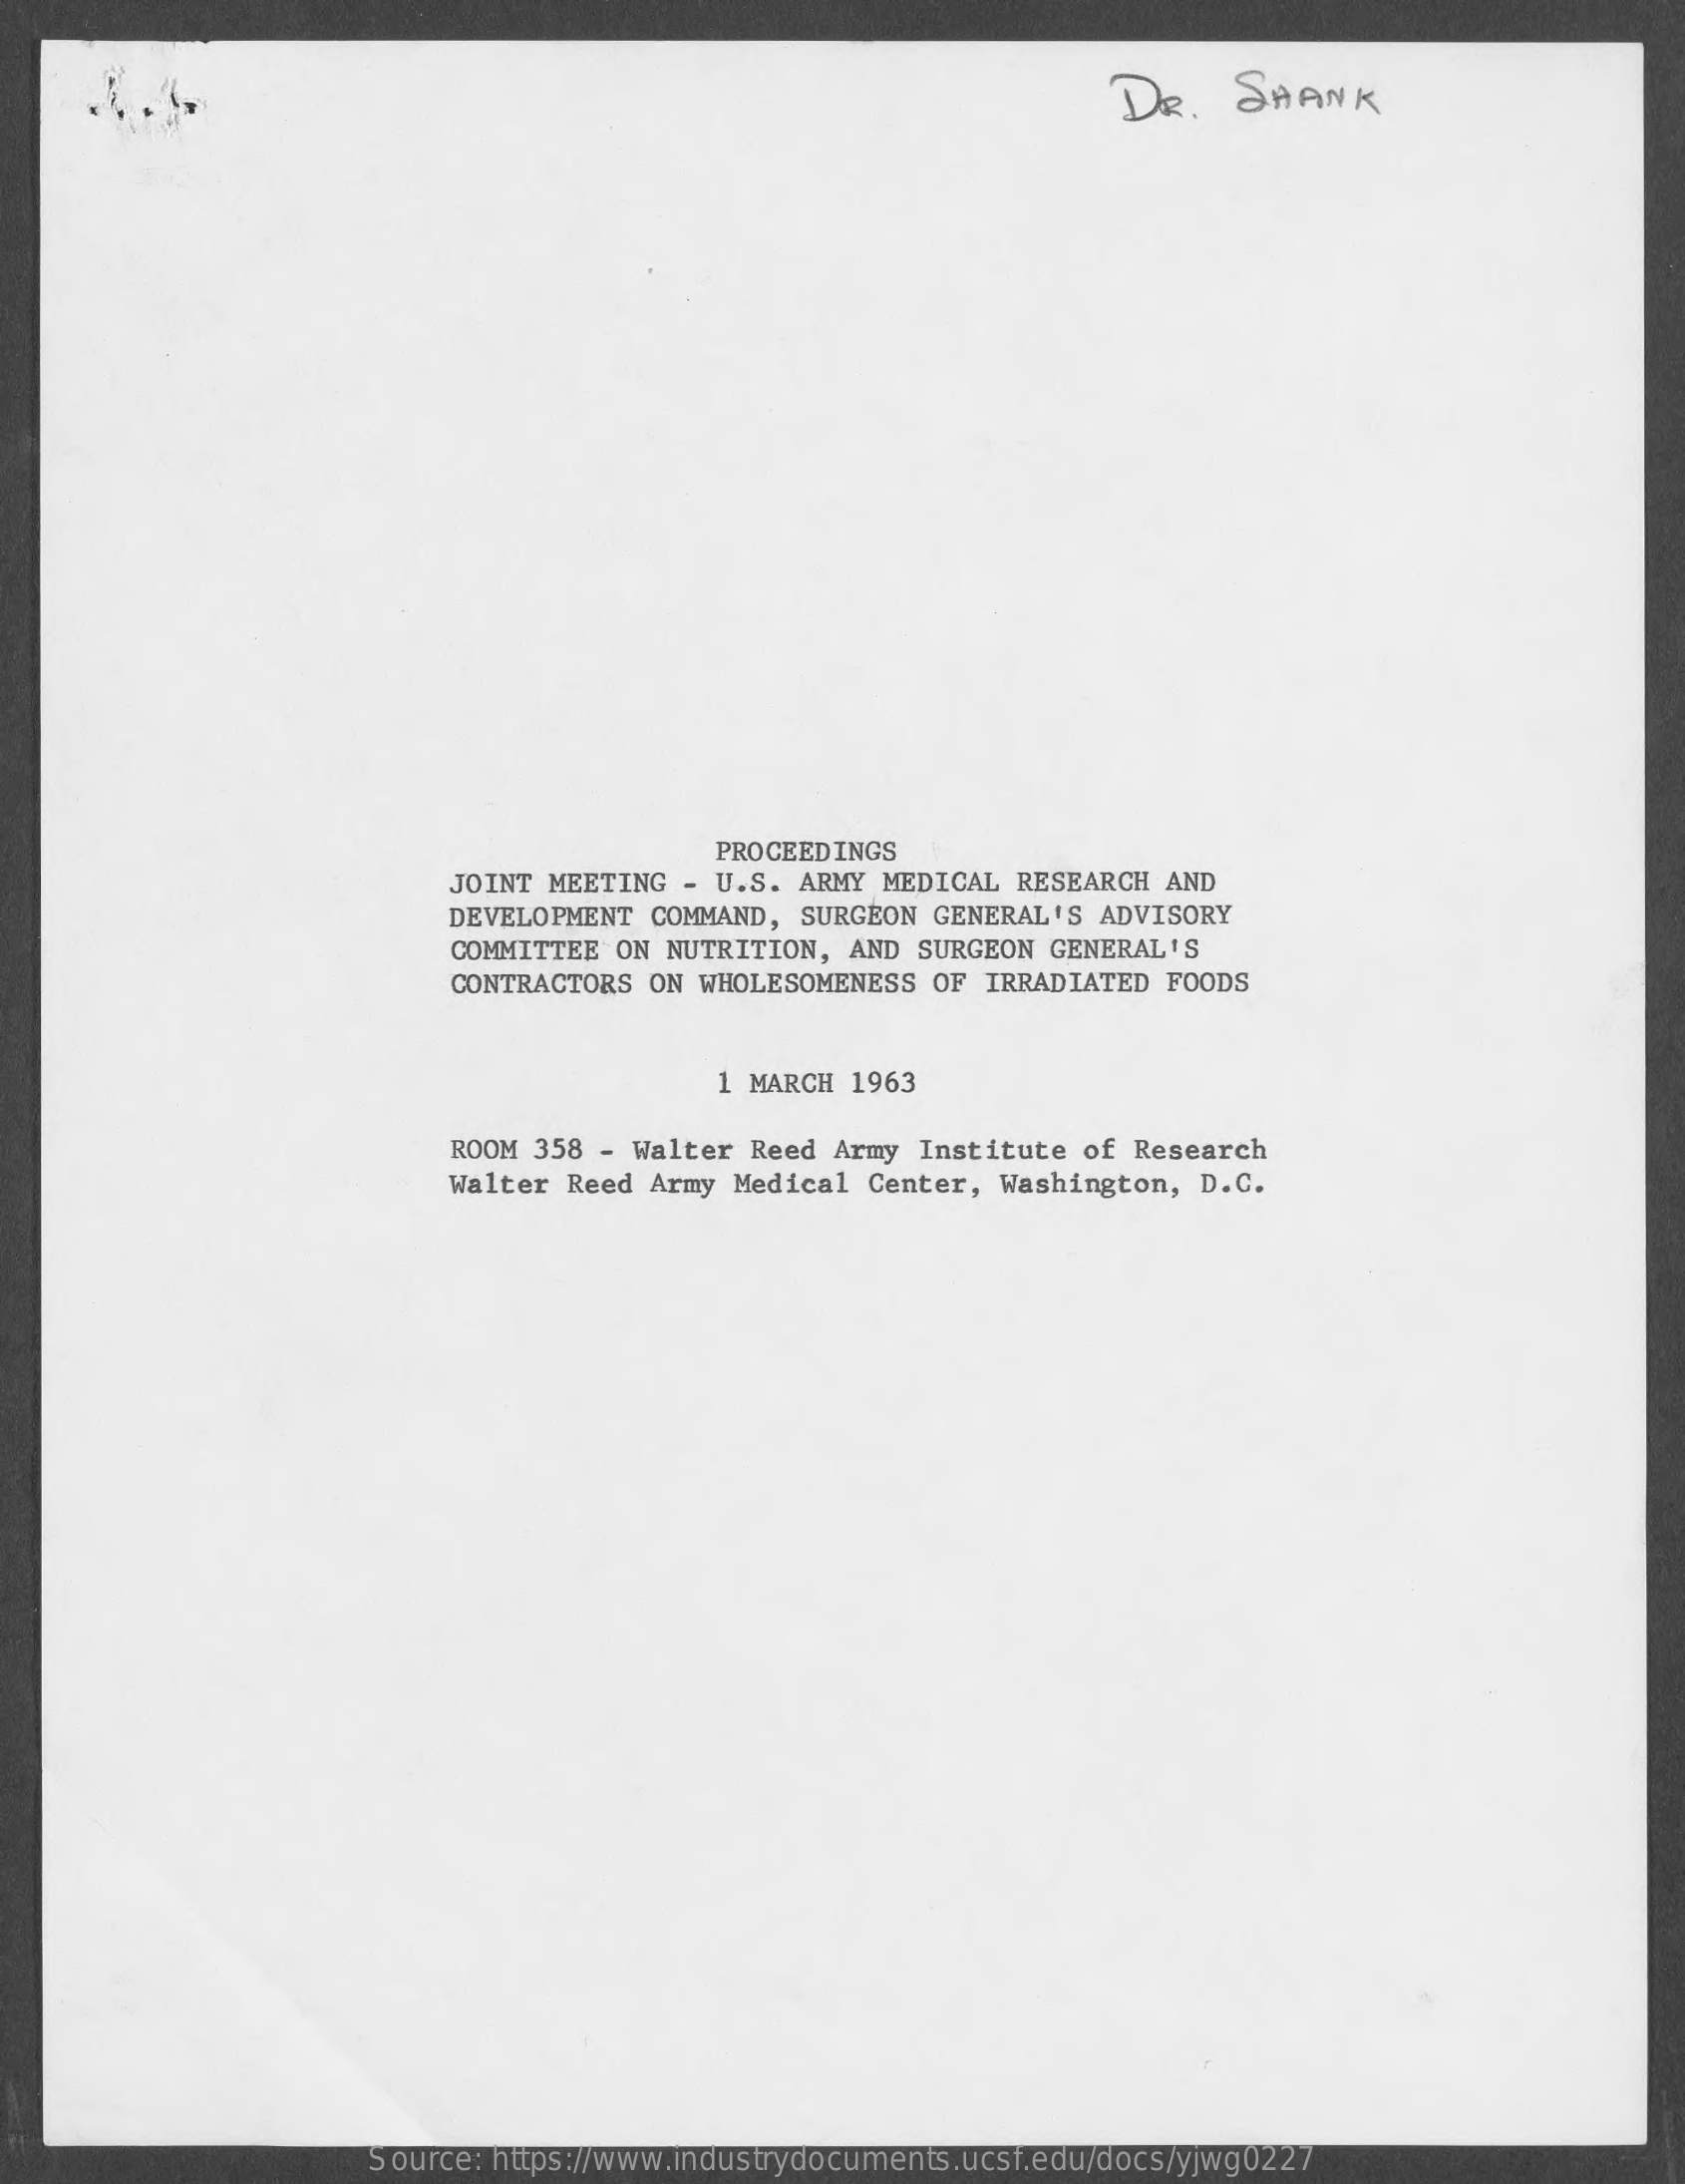
DR.   SHANK
     PROCEEDINGS
     JOINT MEETING  - U.S. ARMY MEDICAL  RESEARCH AND
     DEVELOPMENT  COMMAND, SURGEON GENERAL'S  ADVISORY
     COMMITTEE  ON NUTRITION, AND SURGEON  GENERAL'S
     CONTRACTORS  ON WHOLESOMENESS OF  IRRADIATED FOODS
     1 MARCH 1963
     ROOM 358  - Walter Reed Army Institute  of Research
     Walter Reed  Army Medical Center, Washington,  D.C.
     Source: https://www.industrydocuments.ucsf.edu/docs/yjwg0227